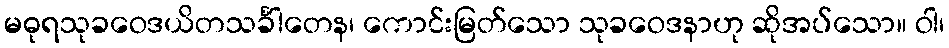
မဓုရသုခဝေဒယိတသင်္ခါတေန၊ ကောင်းမြတ်သော သုခဝေဒနာဟု ဆိုအပ်သော။ ဝါ၊